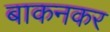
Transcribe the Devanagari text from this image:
बाकनकर